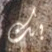
بك